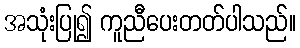
အသုံးပြု၍ ကူညီပေးတတ်ပါသည်။